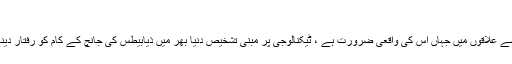
‘‘
بہت کم قیمت پر اور ایسے علاقوں میں جہاں اس کی واقعی ضرورت ہے ، ٹیکنالوجی پر مبنی تشخیص دنیا بھر میں ذیابیطس کی جانچ کے کام کو رفتار دینے میں بہت کارگر ہے۔